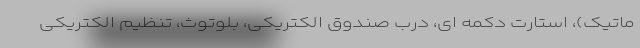
ماتیک)، استارت دکمه ای، درب صندوق الکتریکی، بلوتوث، تنظیم الکتریکی